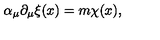
\alpha _ { \mu } \partial _ { \mu } \xi ( x ) = m \chi ( x ) ,